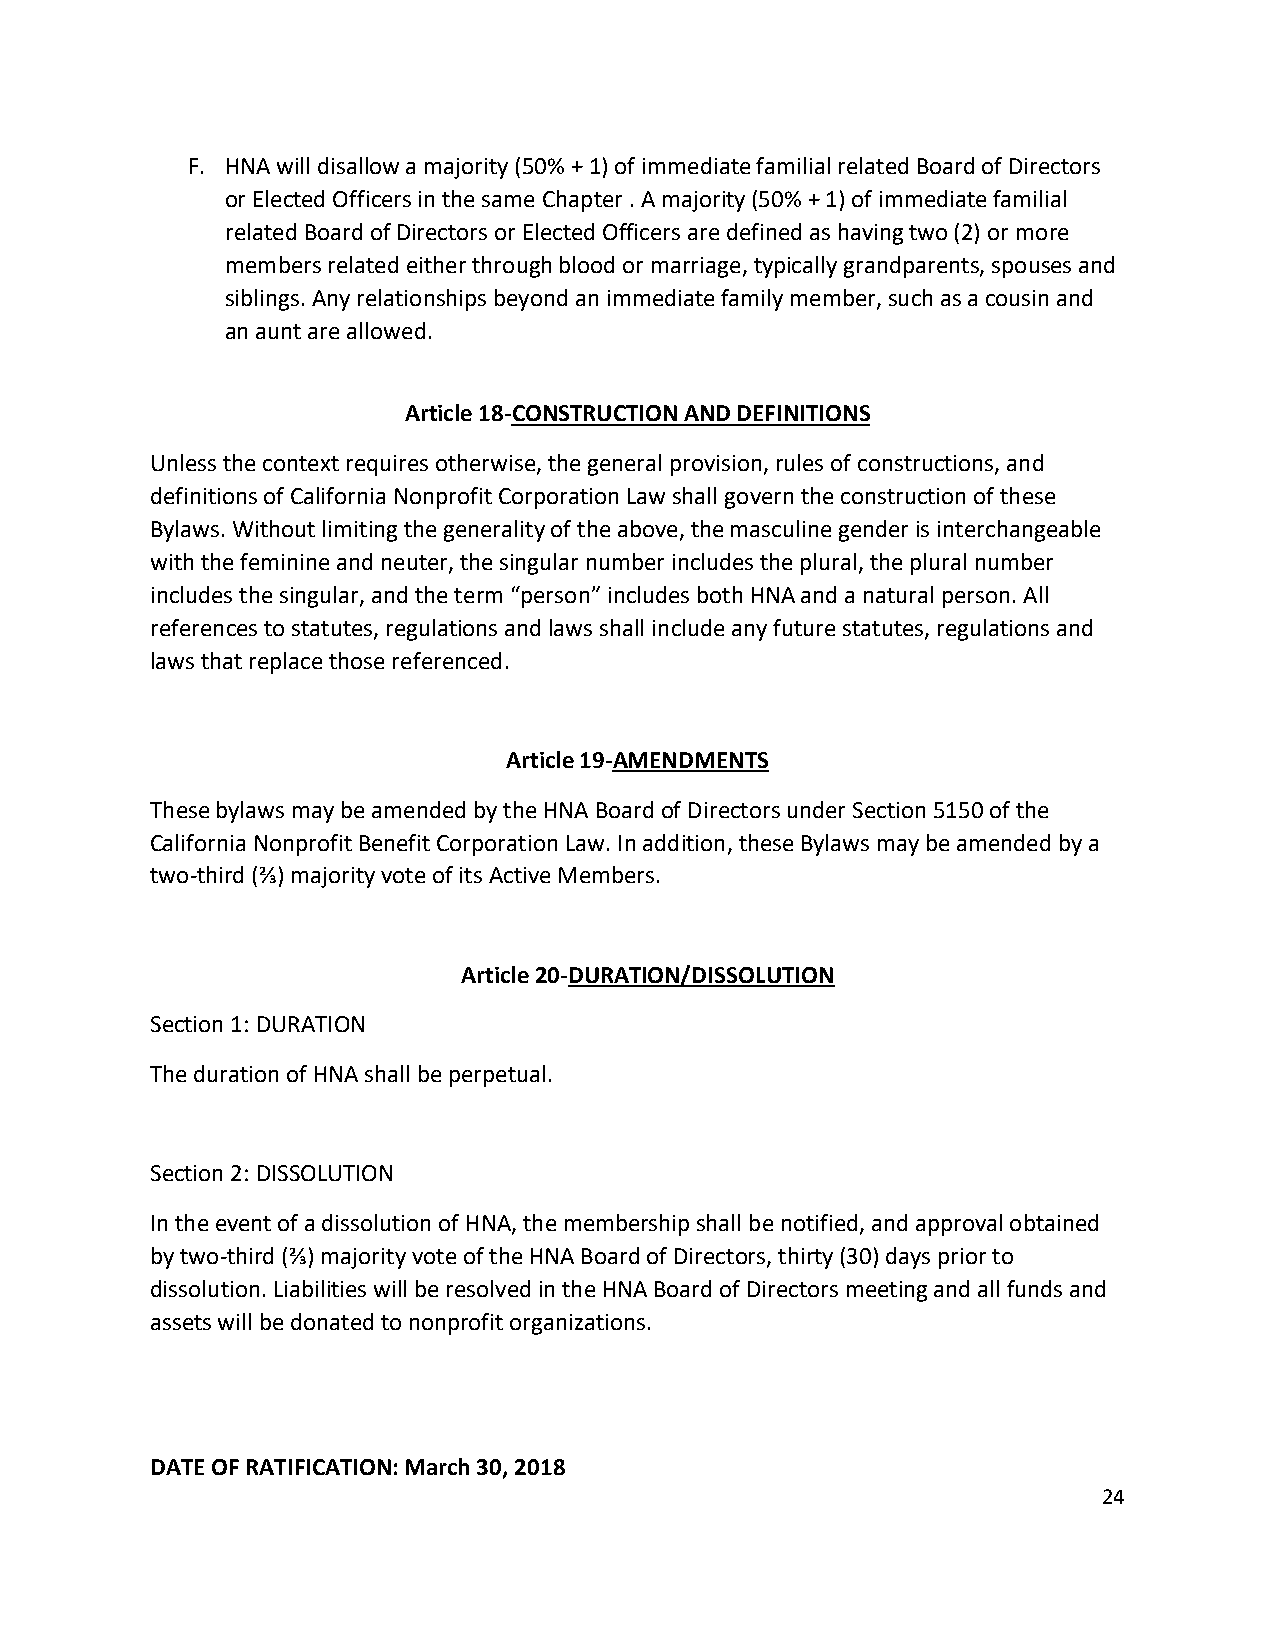
F. HNA will disallow a majority (50% + 1) of immediate familial related Board of Directors
 or Elected Officers in the same Chapter . A majority (50% + 1) of immediate familial
 related Board of Directors or Elected Officers are defined as having two (2) or more
 members related either through blood or marriage, typically grandparents, spouses and
 siblings. Any relationships beyond an immediate family member, such as a cousin and
 an aunt are allowed.
 Article 18-CONSTRUCTION AND DEFINITIONS
 Unless the context requires otherwise, the general provision, rules of constructions, and
 definitions of California Nonprofit Corporation Law shall govern the construction of these
 Bylaws. Without limiting the generality of the above, the masculine gender is interchangeable
 with the feminine and neuter, the singular number includes the plural, the plural number
 includes the singular, and the term “person” includes both HNA and a natural person. All
 references to statutes, regulations and laws shall include any future statutes, regulations and
 laws that replace those referenced.
 Article 19-AMENDMENTS
 These bylaws may be amended by the HNA Board of Directors under Section 5150 of the
 California Nonprofit Benefit Corporation Law. In addition, these Bylaws may be amended by a
 two-third (⅔) majority vote of its Active Members.
 Article 20-DURATION/DISSOLUTION
 Section 1: DURATION
 The duration of HNA shall be perpetual.
 Section 2: DISSOLUTION
 In the event of a dissolution of HNA, the membership shall be notified, and approval obtained
 by two-third (⅔) majority vote of the HNA Board of Directors, thirty (30) days prior to
 dissolution. Liabilities will be resolved in the HNA Board of Directors meeting and all funds and
 assets will be donated to nonprofit organizations.
 DATE OF RATIFICATION: March 30, 2018
 24